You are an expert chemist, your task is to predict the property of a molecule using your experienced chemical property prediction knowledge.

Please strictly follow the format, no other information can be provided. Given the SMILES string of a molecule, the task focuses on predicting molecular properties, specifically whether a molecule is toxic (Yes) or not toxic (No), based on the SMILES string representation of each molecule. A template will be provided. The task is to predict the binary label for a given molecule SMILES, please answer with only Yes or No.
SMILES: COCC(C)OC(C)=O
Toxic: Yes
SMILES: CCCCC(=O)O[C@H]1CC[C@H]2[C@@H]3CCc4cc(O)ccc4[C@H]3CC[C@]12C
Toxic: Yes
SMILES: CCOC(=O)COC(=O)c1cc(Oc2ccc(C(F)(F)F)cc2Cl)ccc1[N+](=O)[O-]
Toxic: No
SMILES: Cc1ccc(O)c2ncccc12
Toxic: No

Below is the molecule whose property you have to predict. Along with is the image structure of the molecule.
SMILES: O=C1CCCN1
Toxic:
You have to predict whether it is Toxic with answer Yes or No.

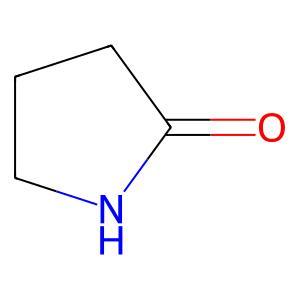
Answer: No